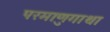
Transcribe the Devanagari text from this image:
परमाणुगाथा